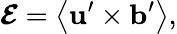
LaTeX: \boldsymbol{\mathcal{E}}=\left\langle\mathbf{u}^{\prime}\times\mathbf{b}^{\prime}\right\rangle,